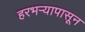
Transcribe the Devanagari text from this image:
हरभऱ्यापासून